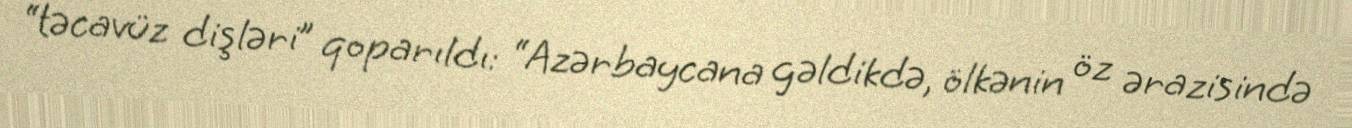
“təcavüz dişləri” qoparıldı: “Azərbaycana gəldikdə, ölkənin öz ərazisində